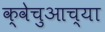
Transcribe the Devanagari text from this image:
क्वेचुआच्या